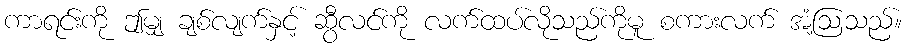
ကာရင်းကို ဤမျှ ချစ်လျက်နှင့် ဆွီလင်ကို လက်ထပ်လိုသည်ကိုမူ စကားလက် အံ့ဩသည်။